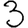
Digit: 3